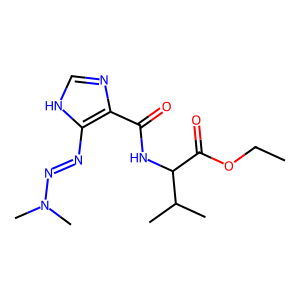
SMILES: CCOC(=O)C(NC(=O)c1nc[nH]c1N=NN(C)C)C(C)C
Inhibits HIV replication: No